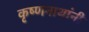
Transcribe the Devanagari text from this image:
कृष्णनाथांनी